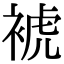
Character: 裭